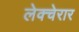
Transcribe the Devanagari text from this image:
लेक्चेरार